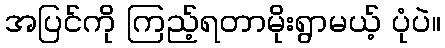
အပြင်ကို ကြည့်ရတာမိုးရွာမယ့် ပုံပဲ။